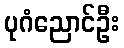
ပုဂံညောင်ဦး